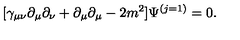
[ \gamma _ { \mu \nu } \partial _ { \mu } \partial _ { \nu } + \partial _ { \mu } \partial _ { \mu } - 2 m ^ { 2 } ] \Psi ^ { ( j = 1 ) } = 0 .